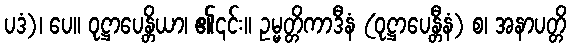
ပဒံ)၊ ပေ။ ဝုဋ္ဌာပေန္တိယာ၊ ၏၎င်း။ ဥမ္မတ္တိကာဒီနံ (ဝုဋ္ဌာပေန္တီနံ) စ၊ အနာပတ္တိ